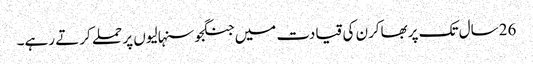
26سال تک پربھاکرن کی قیادت میں جنگجوسنہالیوں پر حملے کرتے رہے۔